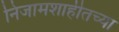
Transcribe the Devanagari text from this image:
निजामशाहीतच्या